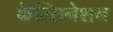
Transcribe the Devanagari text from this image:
कैल्सिनेशन